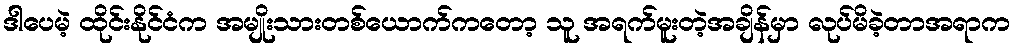
ဒါပေမဲ့ ထိုင်းနိုင်ငံက အမျိုးသားတစ်ယောက်ကတော့ သူ အရက်မူးတဲ့အချိန်မှာ လုပ်မိခဲ့တာအရာက